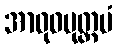
အာဝုဓမုတ္တမံ